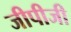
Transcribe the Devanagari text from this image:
जीपीजी